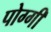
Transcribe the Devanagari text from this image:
पोग्गी